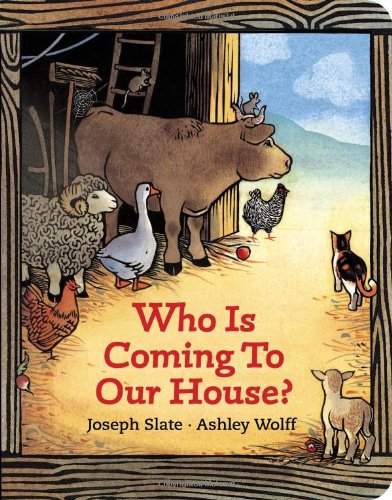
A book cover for Who is Coming to Our House?; Joseph Slate; Religion & Spirituality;